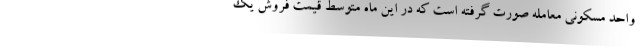
واحد مسکونی معامله صورت گرفته است که در این ماه متوسط قیمت فروش یک